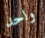
واحد